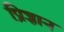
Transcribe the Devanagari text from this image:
प्रिज्ञान